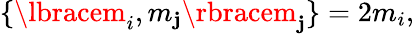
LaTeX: \lbrace\lbracem_{i},m_{\mathbf{j}}\rbracem_{\mathbf{j}}\rbrace=2m_{i},